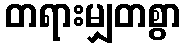
တရားမျှတစွာ